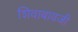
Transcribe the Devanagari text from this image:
शिवाबावजी